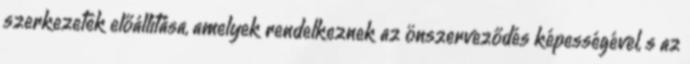
szerkezetek előállítása, amelyek rendelkeznek az önszerveződés képességével, s az